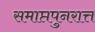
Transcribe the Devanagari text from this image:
समाप्तपुनरात्त